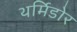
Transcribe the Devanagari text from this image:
थर्मिडोर